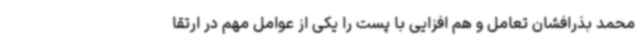
محمد بذرافشان تعامل و هم افزایی با پست را یکی از عوامل مهم در ارتقا